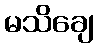
မသိချေ